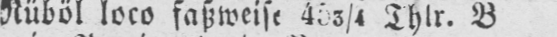
Thlr. B